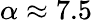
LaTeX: \alpha\approx 7.5